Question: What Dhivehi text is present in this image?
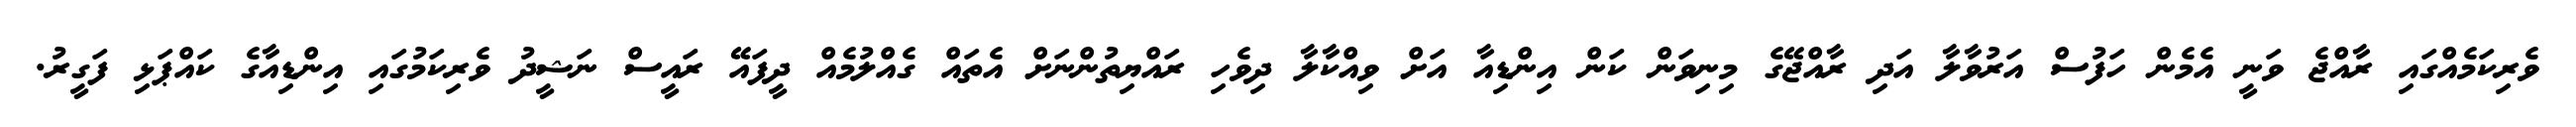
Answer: ވެރިކަމެއްގައި ރާއްޖެ ވަނީ އެމެން ހަފުސް އަރުވާލާ އަދި ރާއްޖޭގެ މިނިވަން ކަން އިންޑިއާ އަށް ވިއްކާލާ ދިވެހި ރައްޔިތުންނަށް އެތައް ގެއްލުމެއް ދީފައޭ ރައީސް ނަޝީދު ވެރިކަމުގައި އިންޑިއާގެ ކައްޕަޅި ފަގީރު.